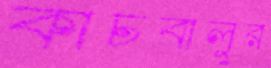
কাচবালুর